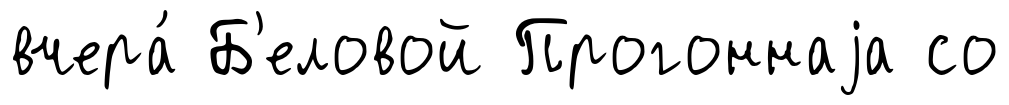
вчера́ Б'еловой Прогоннаjа со